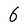
Character: 6